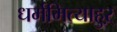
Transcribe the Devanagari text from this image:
धर्ममित्याहुऱ्